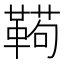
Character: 𱁸